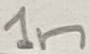
Text: 1n